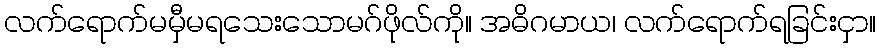
လက်ရောက်မမှီမရသေးသောမဂ်ဖိုလ်ကို။ အဓိဂမာယ၊ လက်ရောက်ရခြင်းငှာ။